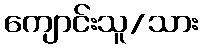
ကျောင်းသူ/သား